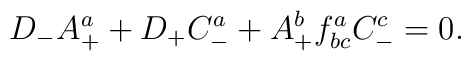
D_{-}A^{a}_{+}+D_{+}C_{-}^{a}+A_{+}^{b}f^{a}_{bc}C_{-}^{c}=0.